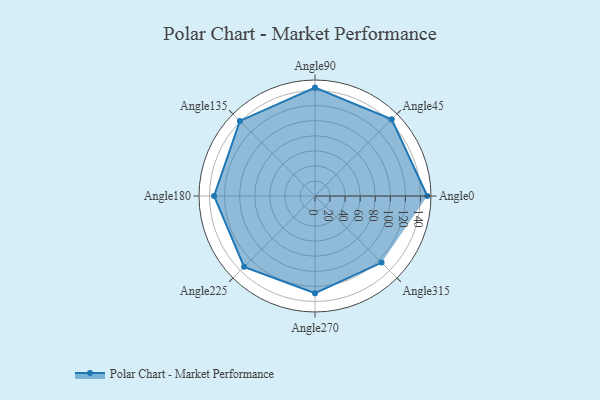
{"axis": {"x": "Angle", "y": "Radius"}, "legend": [""], "data": [{"x": "Angle0", "y": 149.0, "type": ""}, {"x": "Angle45", "y": 144.0, "type": ""}, {"x": "Angle90", "y": 144.0, "type": ""}, {"x": "Angle135", "y": 141.0, "type": ""}, {"x": "Angle180", "y": 134.0, "type": ""}, {"x": "Angle225", "y": 133.0, "type": ""}, {"x": "Angle270", "y": 129.0, "type": ""}, {"x": "Angle315", "y": 125.0, "type": ""}]}